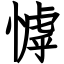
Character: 㦆